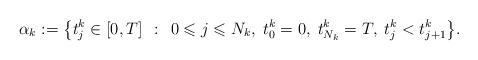
LaTeX: \begin{align*}\alpha_k:= \big\{ t^k_j\in[0,T] \;\, : \;\, 0\leqslant j \leqslant N_k,\; t^k_0=0,\; t^k_{N_k}=T,\; t^k_j<t^k_{j+1} \big\}.\end{align*}